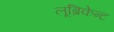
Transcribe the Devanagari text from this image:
लूब्रिकेन्ट